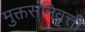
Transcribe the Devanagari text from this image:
मुक्तसंनिवृत्ती